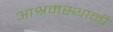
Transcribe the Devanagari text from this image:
आश्रमस्थानी